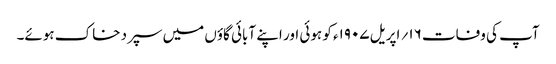
آپ کی وفات ۱۶؍ اپریل ۱۹۰۷ء کو ہوئی اور اپنے آبائی گاؤں میں سپرد خاک ہوئے۔